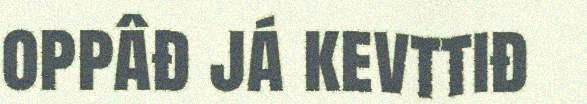
oppâđ já kevttiđ